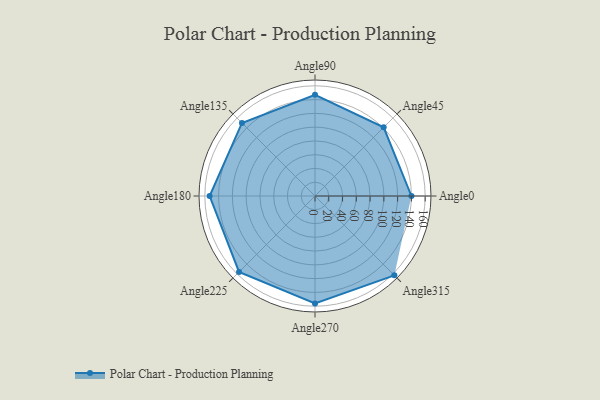
{"axis": {"x": "Angle", "y": "Radius"}, "legend": [""], "data": [{"x": "Angle0", "y": 140.0, "type": ""}, {"x": "Angle45", "y": 141.0, "type": ""}, {"x": "Angle90", "y": 147.0, "type": ""}, {"x": "Angle135", "y": 150.0, "type": ""}, {"x": "Angle180", "y": 153.0, "type": ""}, {"x": "Angle225", "y": 156.0, "type": ""}, {"x": "Angle270", "y": 156.0, "type": ""}, {"x": "Angle315", "y": 163.0, "type": ""}]}